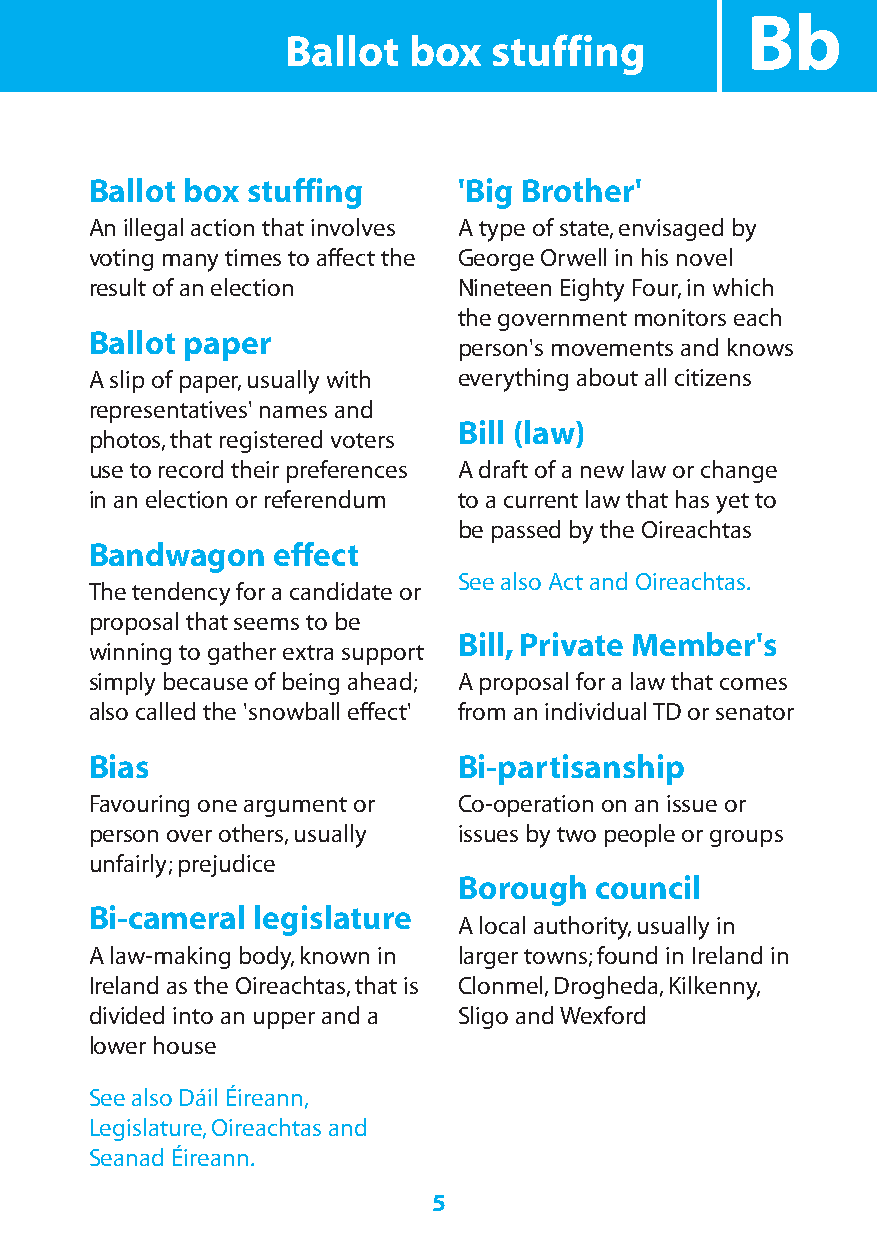
Bb
 Ballot  box   stuffing
 Ballot box stuffing     'Big Brother'
 An illegal action that involves A type of state,envisaged by
 voting many times to affect the George Orwell in his novel
 result of an election   Nineteen Eighty Four,in which
 the government monitors each
 Ballot paper
 person's movements and knows
 A slip of paper,usually with everything about all citizens
 representatives' names and
 Bill (law)
 photos,that registered voters
 use to record their preferences A draft of a new law or change
 in an election or referendum to a current law that has yet to
 be passed by the Oireachtas
 Bandwagon   effect
 See also Act and Oireachtas.
 The tendency for a candidate or
 proposal that seems to be
 Bill,Private Member's
 winning to gather extra support
 simply because of being ahead; A proposal for a law that comes
 also called the 'snowball effect' from an individual TD or senator
 Bias                    Bi-partisanship
 Favouring one argument or Co-operation on an issue or
 person over others,usually issues by two people or groups
 unfairly;prejudice
 Borough  council
 Bi-cameral legislature
 A local authority,usually in
 A law-making body,known in larger towns;found in Ireland in
 Ireland as the Oireachtas,that is Clonmel,Drogheda,Kilkenny,
 divided into an upper and a Sligo and Wexford
 lower house
 See also Dáil Éireann,
 Legislature,Oireachtas and
 Seanad Éireann.
 5